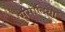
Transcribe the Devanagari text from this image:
संसादिया